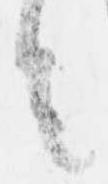
者